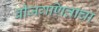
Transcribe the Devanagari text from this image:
बीजगणिताचा